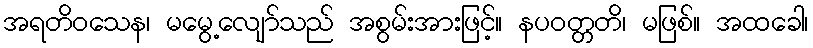
အရတိဝသေန၊ မမွေ့လျော်သည် အစွမ်းအားဖြင့်။ နပဝတ္တတိ၊ မဖြစ်။ အထခေါ၊